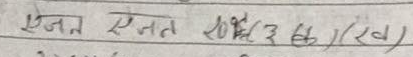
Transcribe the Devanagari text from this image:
ऐजन ऐजन रु./(३ ख)/(ख)